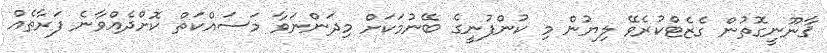
ޤާނޫނީގޮތުން ގެޒެޓްކުރެވޭ ލިޔުން މި ކުންފުނީގެ ބޭނުމަކަށް މިދަންނަވާ މަސައްކަތް ކޮށްދެއްވާނެ ފަރާތެއް